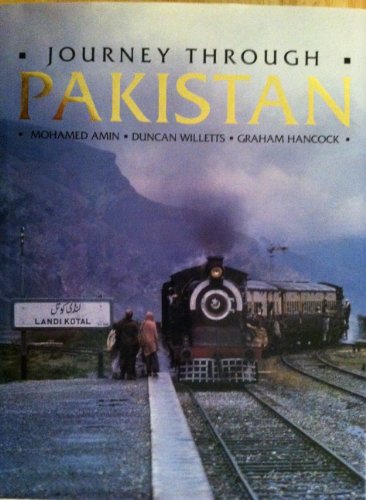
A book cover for Journey Through Pakistan; Amin Mohamed; Travel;